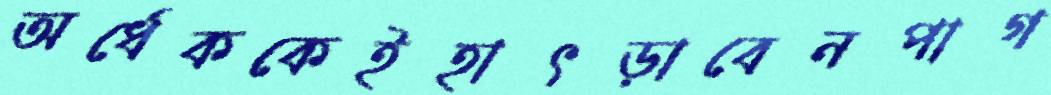
অর্ধেককেইহাৎড়াবেনপাগ